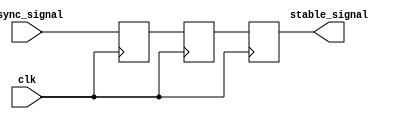
module two_ff_metastability_detector (
    input wire clk,           // Clock input
    input wire async_signal,  // Asynchronous input signal
    output reg stable_signal   // Stable output signal
);

// Internal signals
reg ff1; // Output of the first flip-flop
reg ff2; // Output of the second flip-flop

// First Flip-Flop - samples the asynchronous input signal
always @(posedge clk) begin
    ff1 <= async_signal; // Capture the async signal
end

// Second Flip-Flop - samples the output of the first flip-flop
always @(posedge clk) begin
    ff2 <= ff1; // Capture the output of the first flip-flop
end

// Assign stable output signal
always @(posedge clk) begin
    stable_signal <= ff2; // Provide stable output
end

endmodule